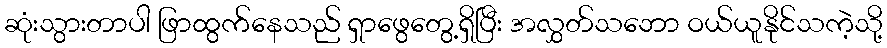
ဆုံးသွားတာပါ ဖြာထွက်နေသည် ရှာဖွေတွေ့ရှိပြီး အလွှတ်သဘော ဝယ်ယူနိုင်သကဲ့သို့